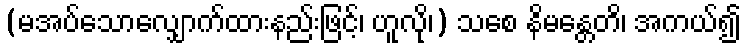
(မအပ်သောလျှောက်ထားနည်းဖြင့်၊ ဟူလို၊) သစေ နိမန္တေတိ၊ အကယ်၍